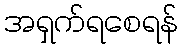
အရှက်ရစေရန်